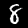
Digit: 8